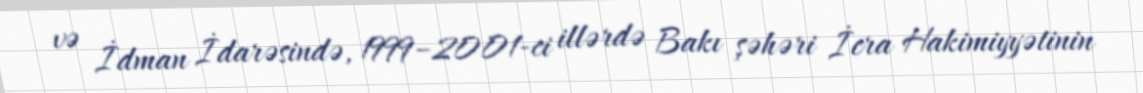
və İdman İdarəsində, 1999–2001-ci illərdə Bakı şəhəri İcra Hakimiyyətinin